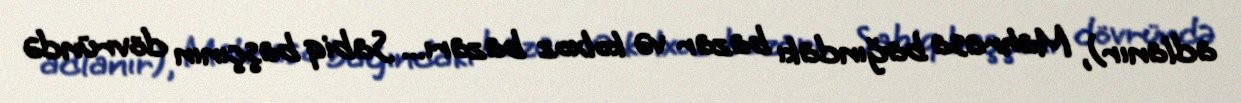
adlanır), Mahrasa bağındakı bazar və kolxoz bazarı... Sabiq başçının dövründə